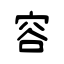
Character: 容